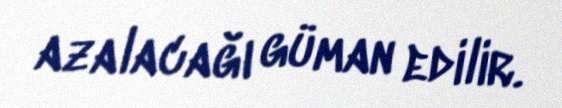
azalacağı güman edilir.